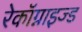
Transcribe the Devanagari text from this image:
रेकॉग्नाइज्ड